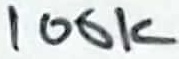
Text: 100K